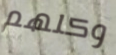
وكلهم